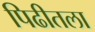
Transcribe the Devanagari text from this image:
पिढीतला